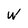
Character: w